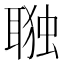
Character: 𮋷